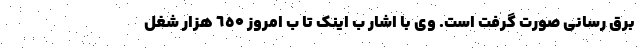
برق رسانی صورت گرفت است. وی با اشار ب اینک تا ب امروز ٦٥۰ هزار شغل